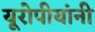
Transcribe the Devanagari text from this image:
यूरोपीयांनी